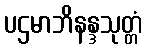
ပဌမာဘိနန္ဒသုတ္တံ